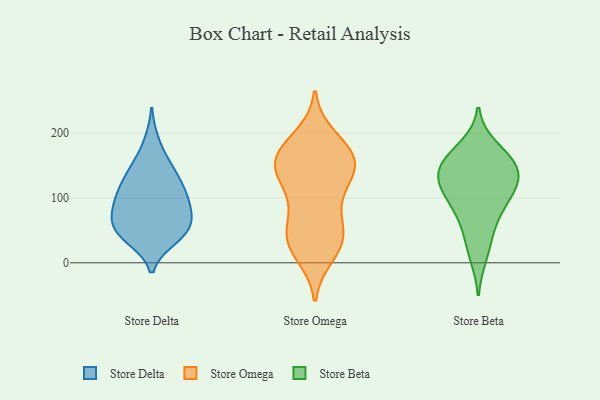
{"axis": {"x": "Budget (USD K)", "y": "Value"}, "legend": ["Store Beta", "Store Delta", "Store Omega"], "data": [{"x": "", "y": 45, "type": "Store Delta"}, {"x": "", "y": 76, "type": "Store Delta"}, {"x": "", "y": 148, "type": "Store Delta"}, {"x": "", "y": 48, "type": "Store Delta"}, {"x": "", "y": 38, "type": "Store Delta"}, {"x": "", "y": 37, "type": "Store Delta"}, {"x": "", "y": 147, "type": "Store Delta"}, {"x": "", "y": 91, "type": "Store Delta"}, {"x": "", "y": 113, "type": "Store Delta"}, {"x": "", "y": 62, "type": "Store Delta"}, {"x": "", "y": 140, "type": "Store Delta"}, {"x": "", "y": 103, "type": "Store Delta"}, {"x": "", "y": 71, "type": "Store Delta"}, {"x": "", "y": 80, "type": "Store Delta"}, {"x": "", "y": 53, "type": "Store Delta"}, {"x": "", "y": 113, "type": "Store Delta"}, {"x": "", "y": 187, "type": "Store Delta"}, {"x": "", "y": 109, "type": "Store Delta"}, {"x": "", "y": 160, "type": "Store Omega"}, {"x": "", "y": 180, "type": "Store Omega"}, {"x": "", "y": 151, "type": "Store Omega"}, {"x": "", "y": 95, "type": "Store Omega"}, {"x": "", "y": 114, "type": "Store Omega"}, {"x": "", "y": 193, "type": "Store Omega"}, {"x": "", "y": 13, "type": "Store Omega"}, {"x": "", "y": 34, "type": "Store Omega"}, {"x": "", "y": 148, "type": "Store Omega"}, {"x": "", "y": 40, "type": "Store Omega"}, {"x": "", "y": 23, "type": "Store Omega"}, {"x": "", "y": 68, "type": "Store Omega"}, {"x": "", "y": 165, "type": "Store Omega"}, {"x": "", "y": 125, "type": "Store Omega"}, {"x": "", "y": 171, "type": "Store Omega"}, {"x": "", "y": 35, "type": "Store Omega"}, {"x": "", "y": 152, "type": "Store Omega"}, {"x": "", "y": 53, "type": "Store Omega"}, {"x": "", "y": 141, "type": "Store Omega"}, {"x": "", "y": 39, "type": "Store Beta"}, {"x": "", "y": 155, "type": "Store Beta"}, {"x": "", "y": 164, "type": "Store Beta"}, {"x": "", "y": 129, "type": "Store Beta"}, {"x": "", "y": 150, "type": "Store Beta"}, {"x": "", "y": 70, "type": "Store Beta"}, {"x": "", "y": 107, "type": "Store Beta"}, {"x": "", "y": 134, "type": "Store Beta"}, {"x": "", "y": 11, "type": "Store Beta"}, {"x": "", "y": 145, "type": "Store Beta"}, {"x": "", "y": 81, "type": "Store Beta"}, {"x": "", "y": 178, "type": "Store Beta"}, {"x": "", "y": 114, "type": "Store Beta"}, {"x": "", "y": 109, "type": "Store Beta"}]}